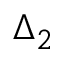
\Delta _ { 2 }